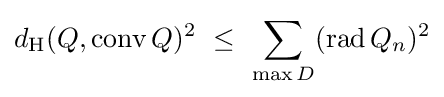
d_{\mathrm {H} }(Q,\operatorname {conv} Q)^{2}~\leq ~\sum _{\max D}(\operatorname {rad} Q_{n})^{2}